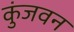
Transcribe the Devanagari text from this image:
कुंजवन